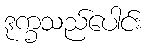
ဒုက္ခသည်ပေါင်း